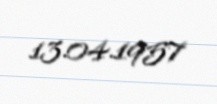
13.04.1957